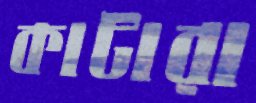
কাটারা